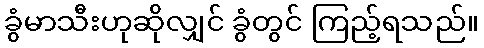
ခွံမာသီးဟုဆိုလျှင် ခွံတွင် ကြည့်ရသည်။